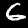
Label: 6